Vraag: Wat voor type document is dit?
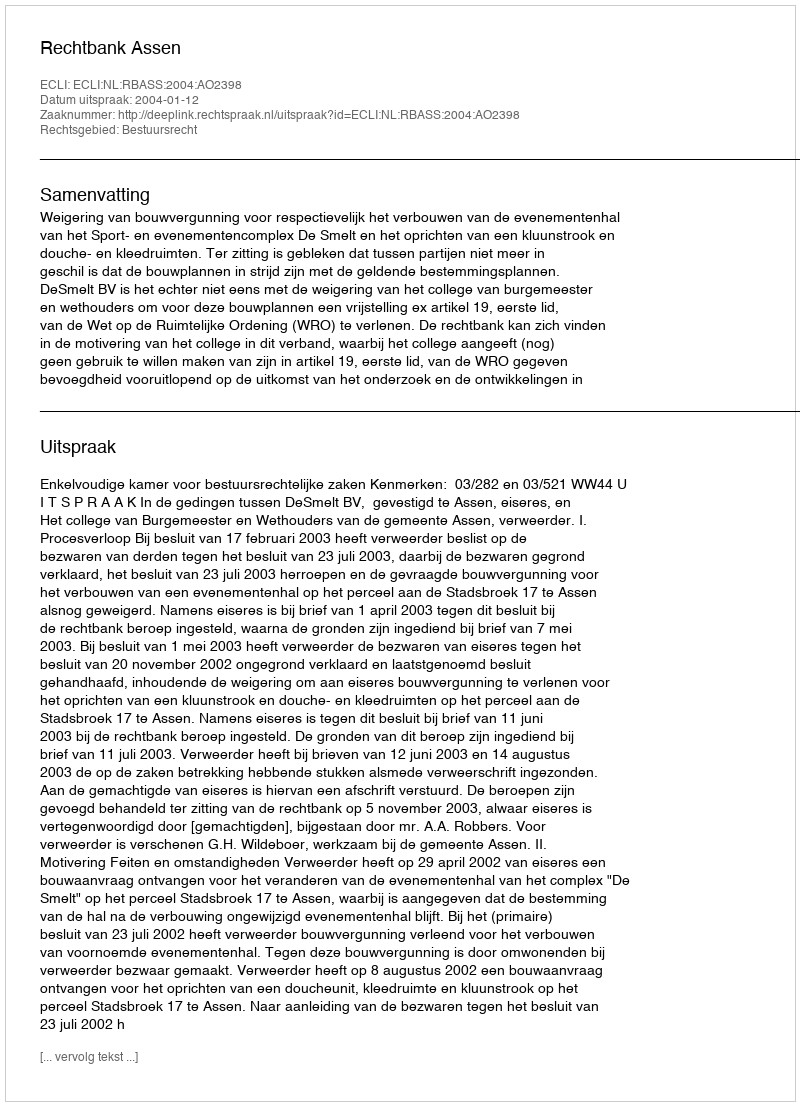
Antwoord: Uitspraak